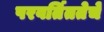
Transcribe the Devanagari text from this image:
परवर्तिततेचे